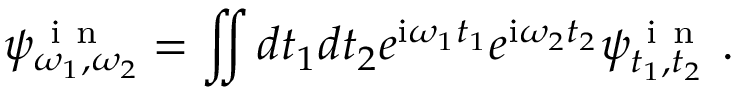
\psi _ { \omega _ { 1 } , \omega _ { 2 } } ^ { \mathrm { ~ i ~ n ~ } } = \iint d t _ { 1 } d t _ { 2 } e ^ { \mathrm { i } \omega _ { 1 } t _ { 1 } } e ^ { \mathrm { i } \omega _ { 2 } t _ { 2 } } \psi _ { t _ { 1 } , t _ { 2 } } ^ { \mathrm { ~ i ~ n ~ } } \: .